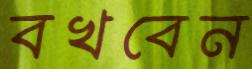
বখবেন